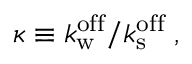
\begin{array} { r } { \kappa \equiv k _ { \mathrm { w } } ^ { \mathrm { o f f } } / k _ { \mathrm { s } } ^ { \mathrm { o f f } } \; , } \end{array}